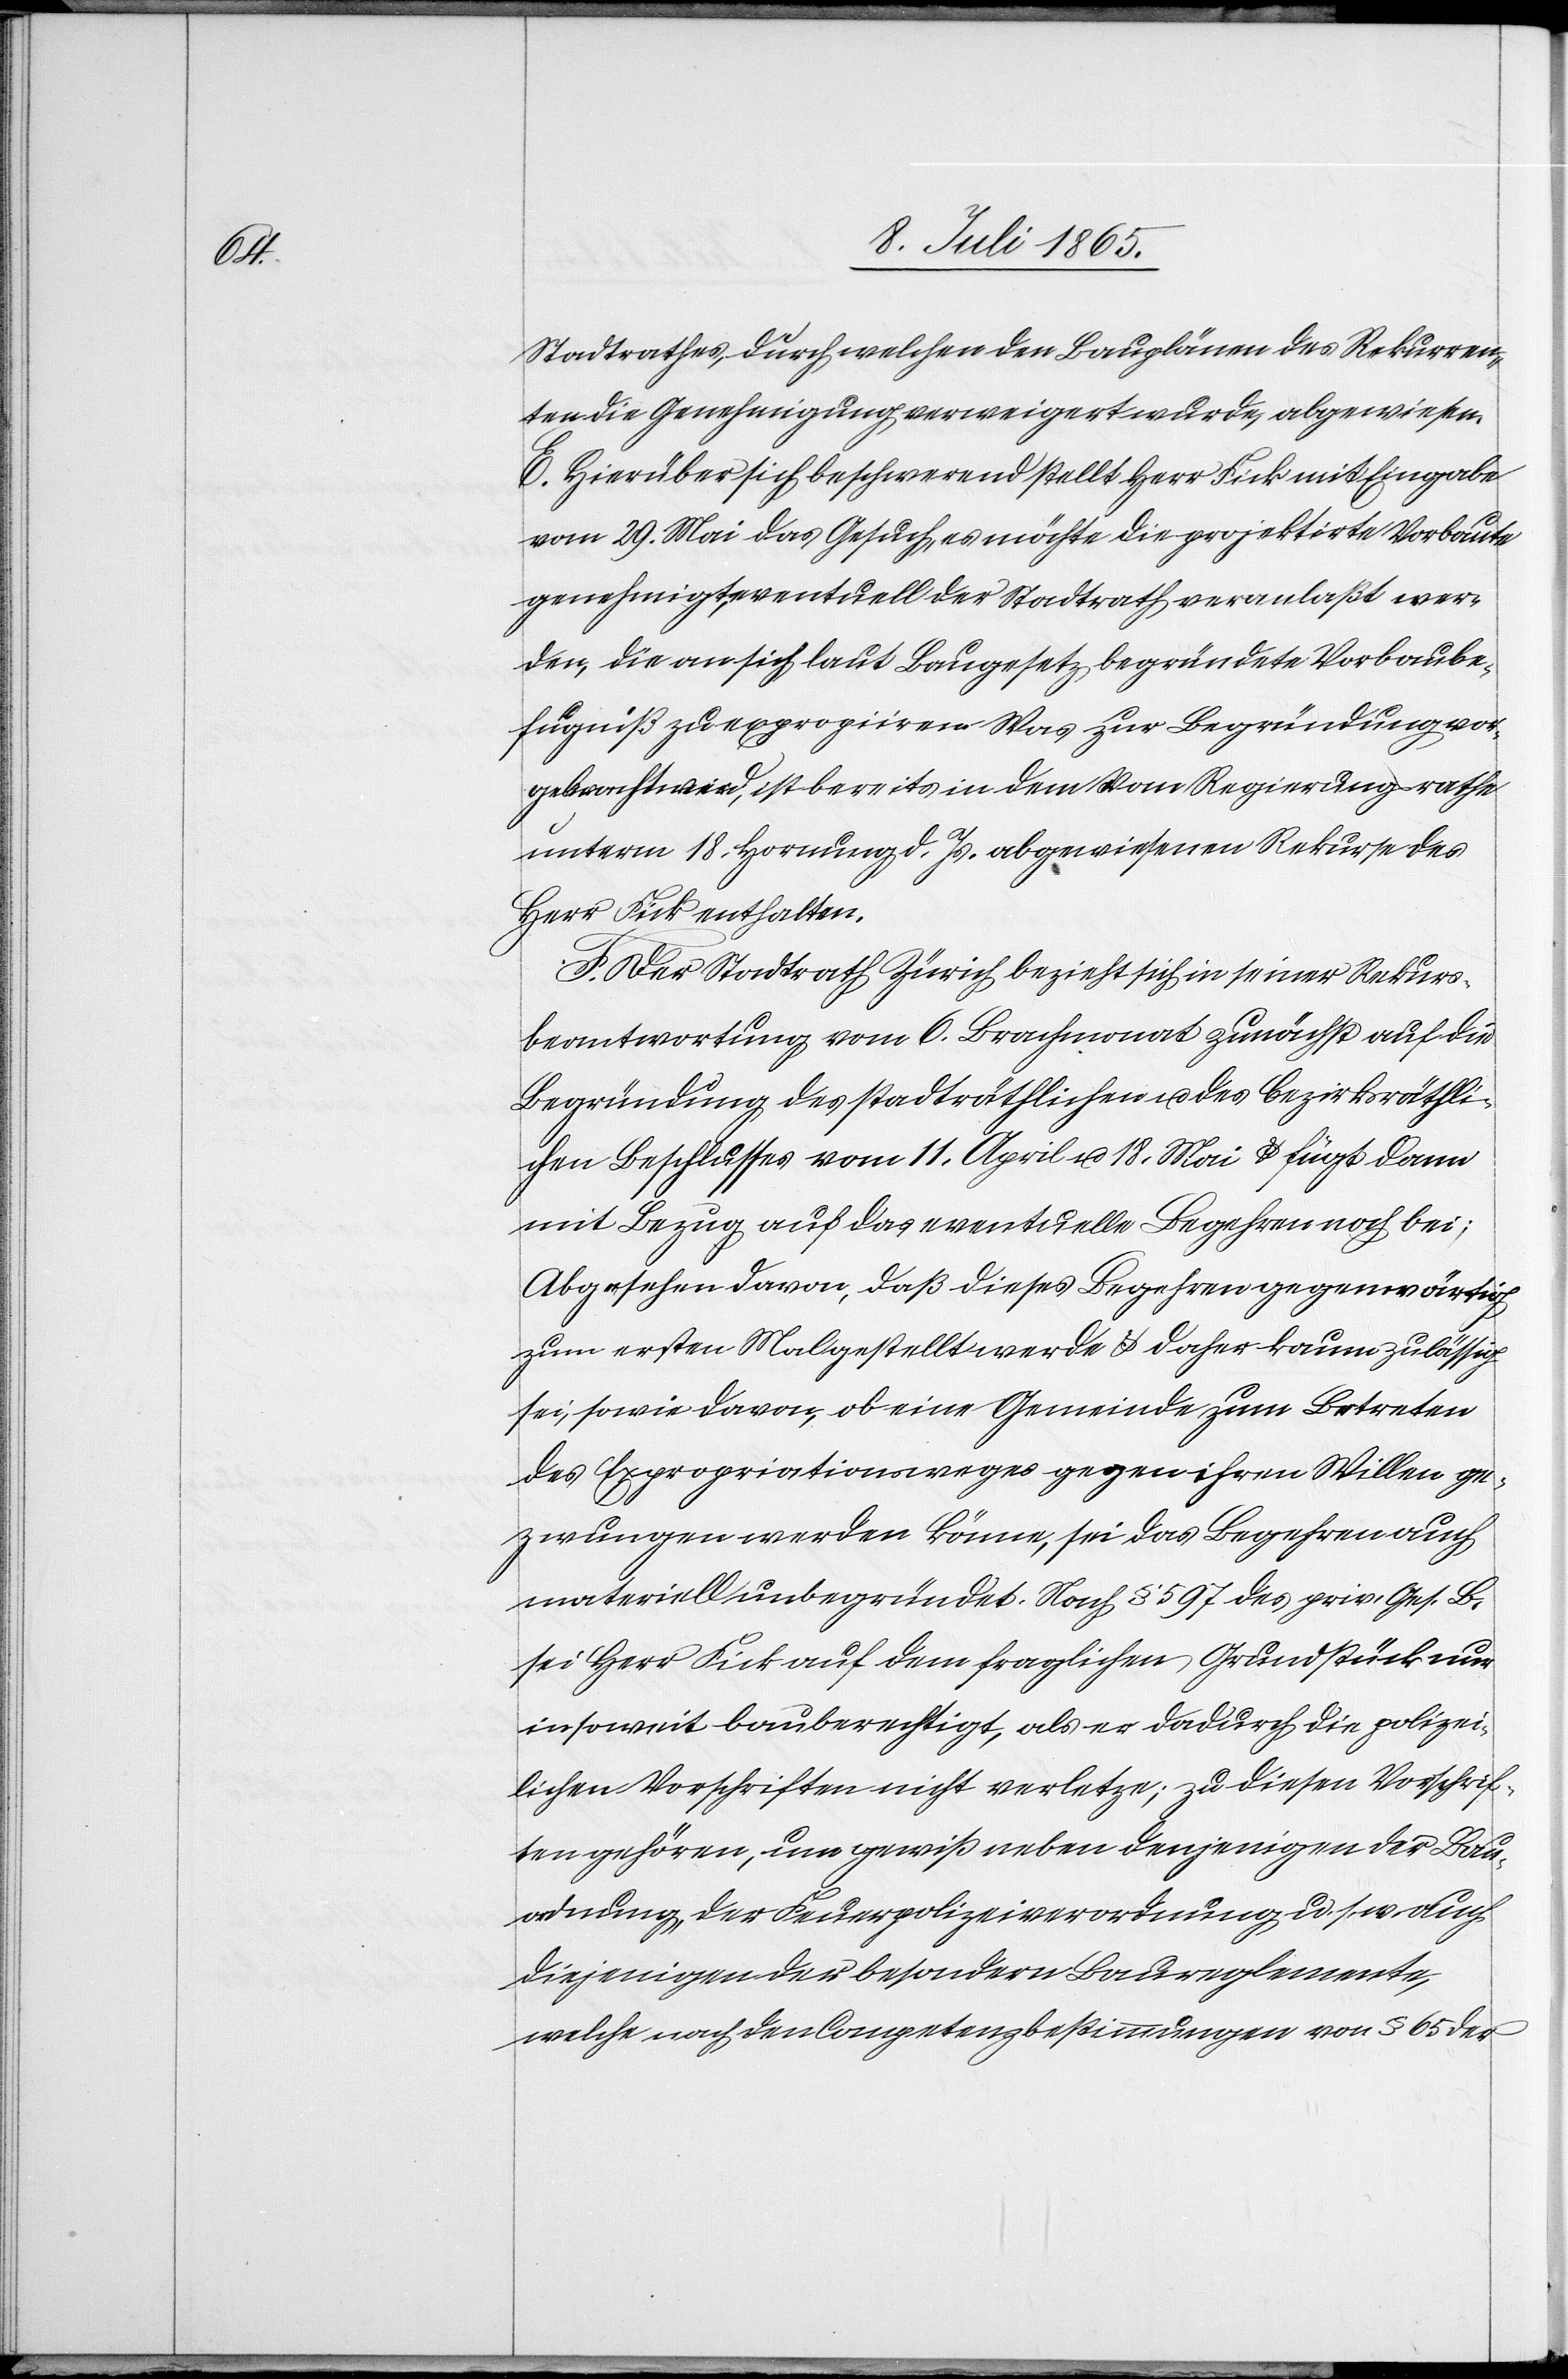
Stadtrathes, durch welchen den Bauplänen des Rekurren¬
ten die Genehmigung verweigert wurde, abgewiesen.
E. Hierüber sich beschwerend stellt Herr Fick mit Eingabe
vom 29. Mai das Gesuch, es möchte die projektirte Vorbaute
genehmigt, eventuell der Stadtrath veranlaßt wer¬
den, die an sich laut Baugesetz begründete Vorbaube¬
fugniß zu expropiiren. Was zur Begründung vor¬
gebracht wird, ist bereits in dem vom Regierungsrathe
unterm 18. Hornung d. Js. abgewiesenen Rekurse des
Herr Fick enthalten.
F. Der Stadtrath Zürich bezieht sich in seiner Rekurs¬
beantwortung vom 6. Brachmonat zunächst auf die
Begründung des stadträthlichen u. des bezirksräthli¬
chen Beschlusses vom 11. April u. 18. Mai u. fügt dann
mit Bezug auf das eventuelle Begehren noch bei:
Abgesehen davon, daß dieses Begehren gegenwärtig
zum ersten Mal gestellt werde u. daher kaum zulässig
sei, sowie davon, ob eine Gemeinde zum Betreten
des Expropriationsweges gegen ihren Willen ge¬
zwungen werden könne, sei das Begehren auch
materiell unbegründet. Nach § 597 des priv. Ges. B.
sei Herr Fick auf dem fraglichen Grundstück nur
insoweit bauberechtigt, als er dadurch die polizei¬
lichen Vorschriften nicht verletze; zu diesen Vorschrif¬
ten gehören, um gewiß neben denjenigen der Bau¬
ordnung, der Feuerpolizeiverordnung u. s. w. auch
diejenigen der besondern Baureglemente,
welche nach den Conpetenzbestimmungen von § 65 der